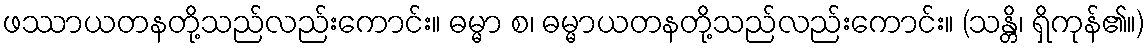
ဖဿာယတနတို့သည်လည်းကောင်း။ ဓမ္မာ စ၊ ဓမ္မာယတနတို့သည်လည်းကောင်း။ (သန္တိ၊ ရှိကုန်၏။)